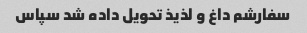
سفارشم داغ و لذیذ تحویل داده شد سپاس